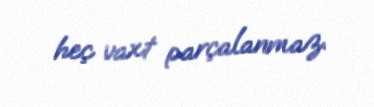
heç vaxt parçalanmaz.